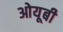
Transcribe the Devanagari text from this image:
ओयूबी